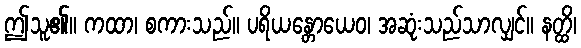
ဤသူ၏။ ကထာ၊ စကားသည်။ ပရိယန္တောယေဝ၊ အဆုံးသည်သာလျှင်။ နတ္ထိ၊